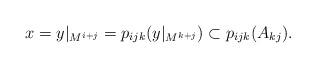
LaTeX: \begin{align*}x = y\vert_{M^{i+j}} = p_{ijk}(y\vert_{M^{k+j}}) \subset p_{ijk}(A_{k j}). \end{align*}